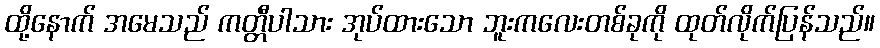
ထို့နောက် အမေသည် ကတ္တီပါသား အုပ်ထားသော ဘူးကလေးတစ်ခုကို ထုတ်လိုက်ပြန်သည်။